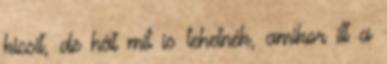
kicsit, de hát mit is tehetnék, amikor itt a